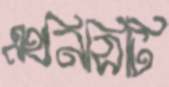
এথনিসিটি